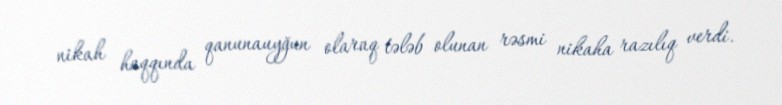
nikah haqqında qanunauyğun olaraq tələb olunan rəsmi nikaha razılıq verdi.